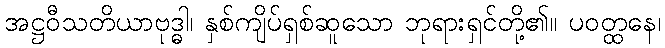
အဋ္ဌဝီသတိယာဗုဒ္ဓါ၊ နှစ်ကျိပ်ရှစ်ဆူသော ဘုရားရှင်တို့၏။ ပဝတ္ထနေ၊